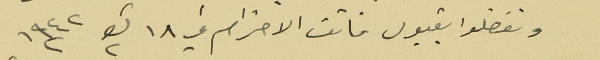
وتفضلوا بقبول فائق الاحترام في ١٨ ك٢ سنه ١٩٤٢